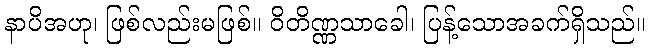
နာပိအဟု၊ ဖြစ်လည်းမဖြစ်။ ဝိတိဏ္ဏသာခေါ၊ ပြန့်သောအခက်ရှိသည်။